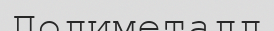
Полиметалл